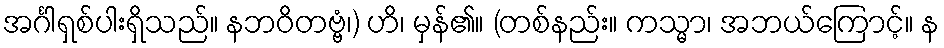
အင်္ဂါရှစ်ပါးရှိသည်။ နဘဝိတဗ္ဗံ၊) ဟိ၊ မှန်၏။ (တစ်နည်း။ ကသ္မာ၊ အဘယ်ကြောင့်။ န